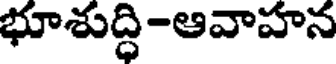
భూశుద్ధి-ఆవాహన